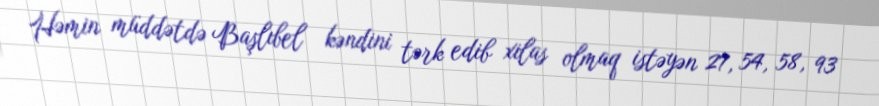
Həmin müddətdə Başlıbel kəndini tərk edib xilas olmaq istəyən 27, 54, 58, 93